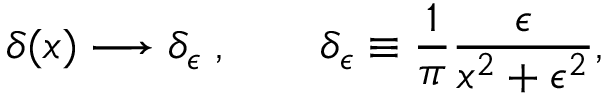
\delta ( x ) \longrightarrow \delta _ { \epsilon } \; , \qquad \delta _ { \epsilon } \equiv \frac { 1 } { \pi } \frac { \epsilon } { x ^ { 2 } + \epsilon ^ { 2 } } ,